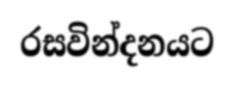
රසවින්දනයට